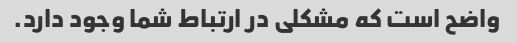
واضح است که مشکلی در ارتباط شما وجود دارد.